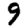
Digit: 9